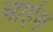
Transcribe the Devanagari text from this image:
चाईम